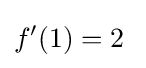
f'(1)=2\;